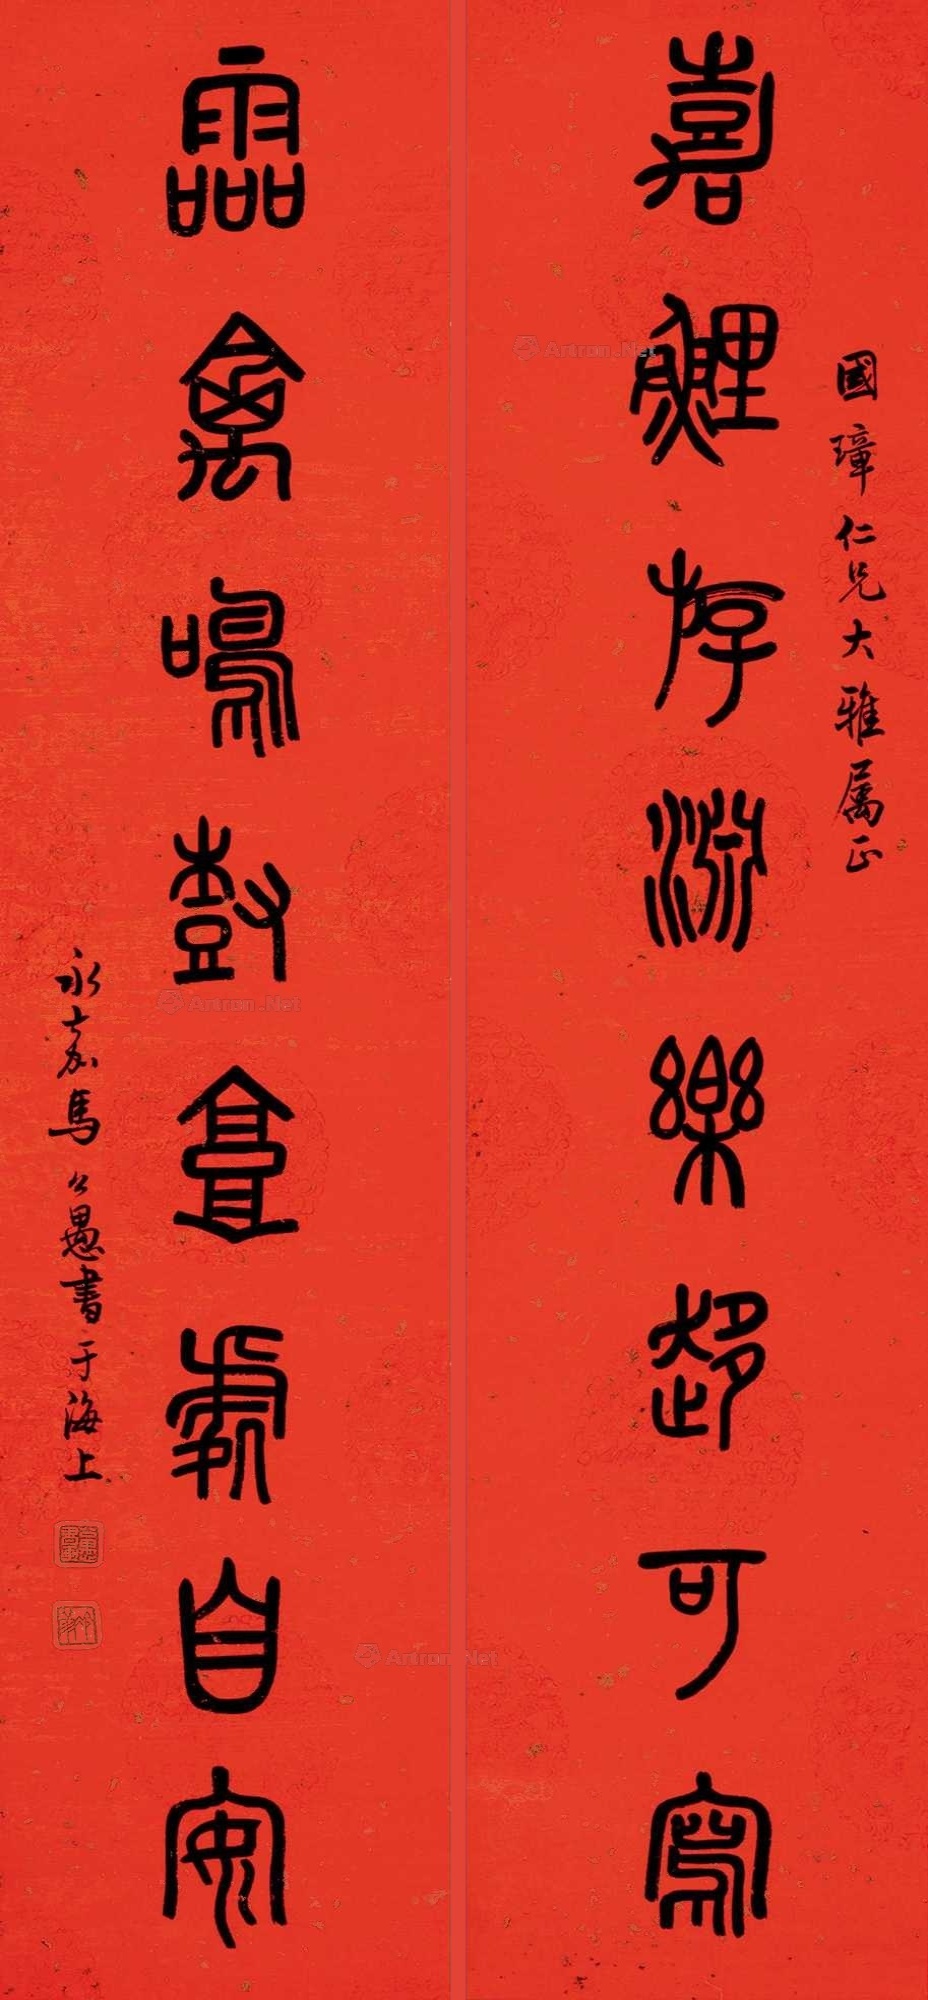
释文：嘉鲤游渊乐趣可写，灵禽鸣树高处自安。国璋仁兄大雅属正，永嘉马公愚书于海上。